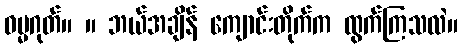
ဓမ္မဂုတ်။ ။ ဘယ်အချိန် ကျောင်းတိုက်က ထွက်ကြသလဲ။